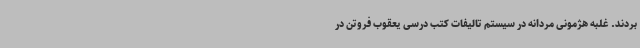
بردند. غلبه هژمونی مردانه در سیستم تالیفات کتب درسی یعقوب فروتن در